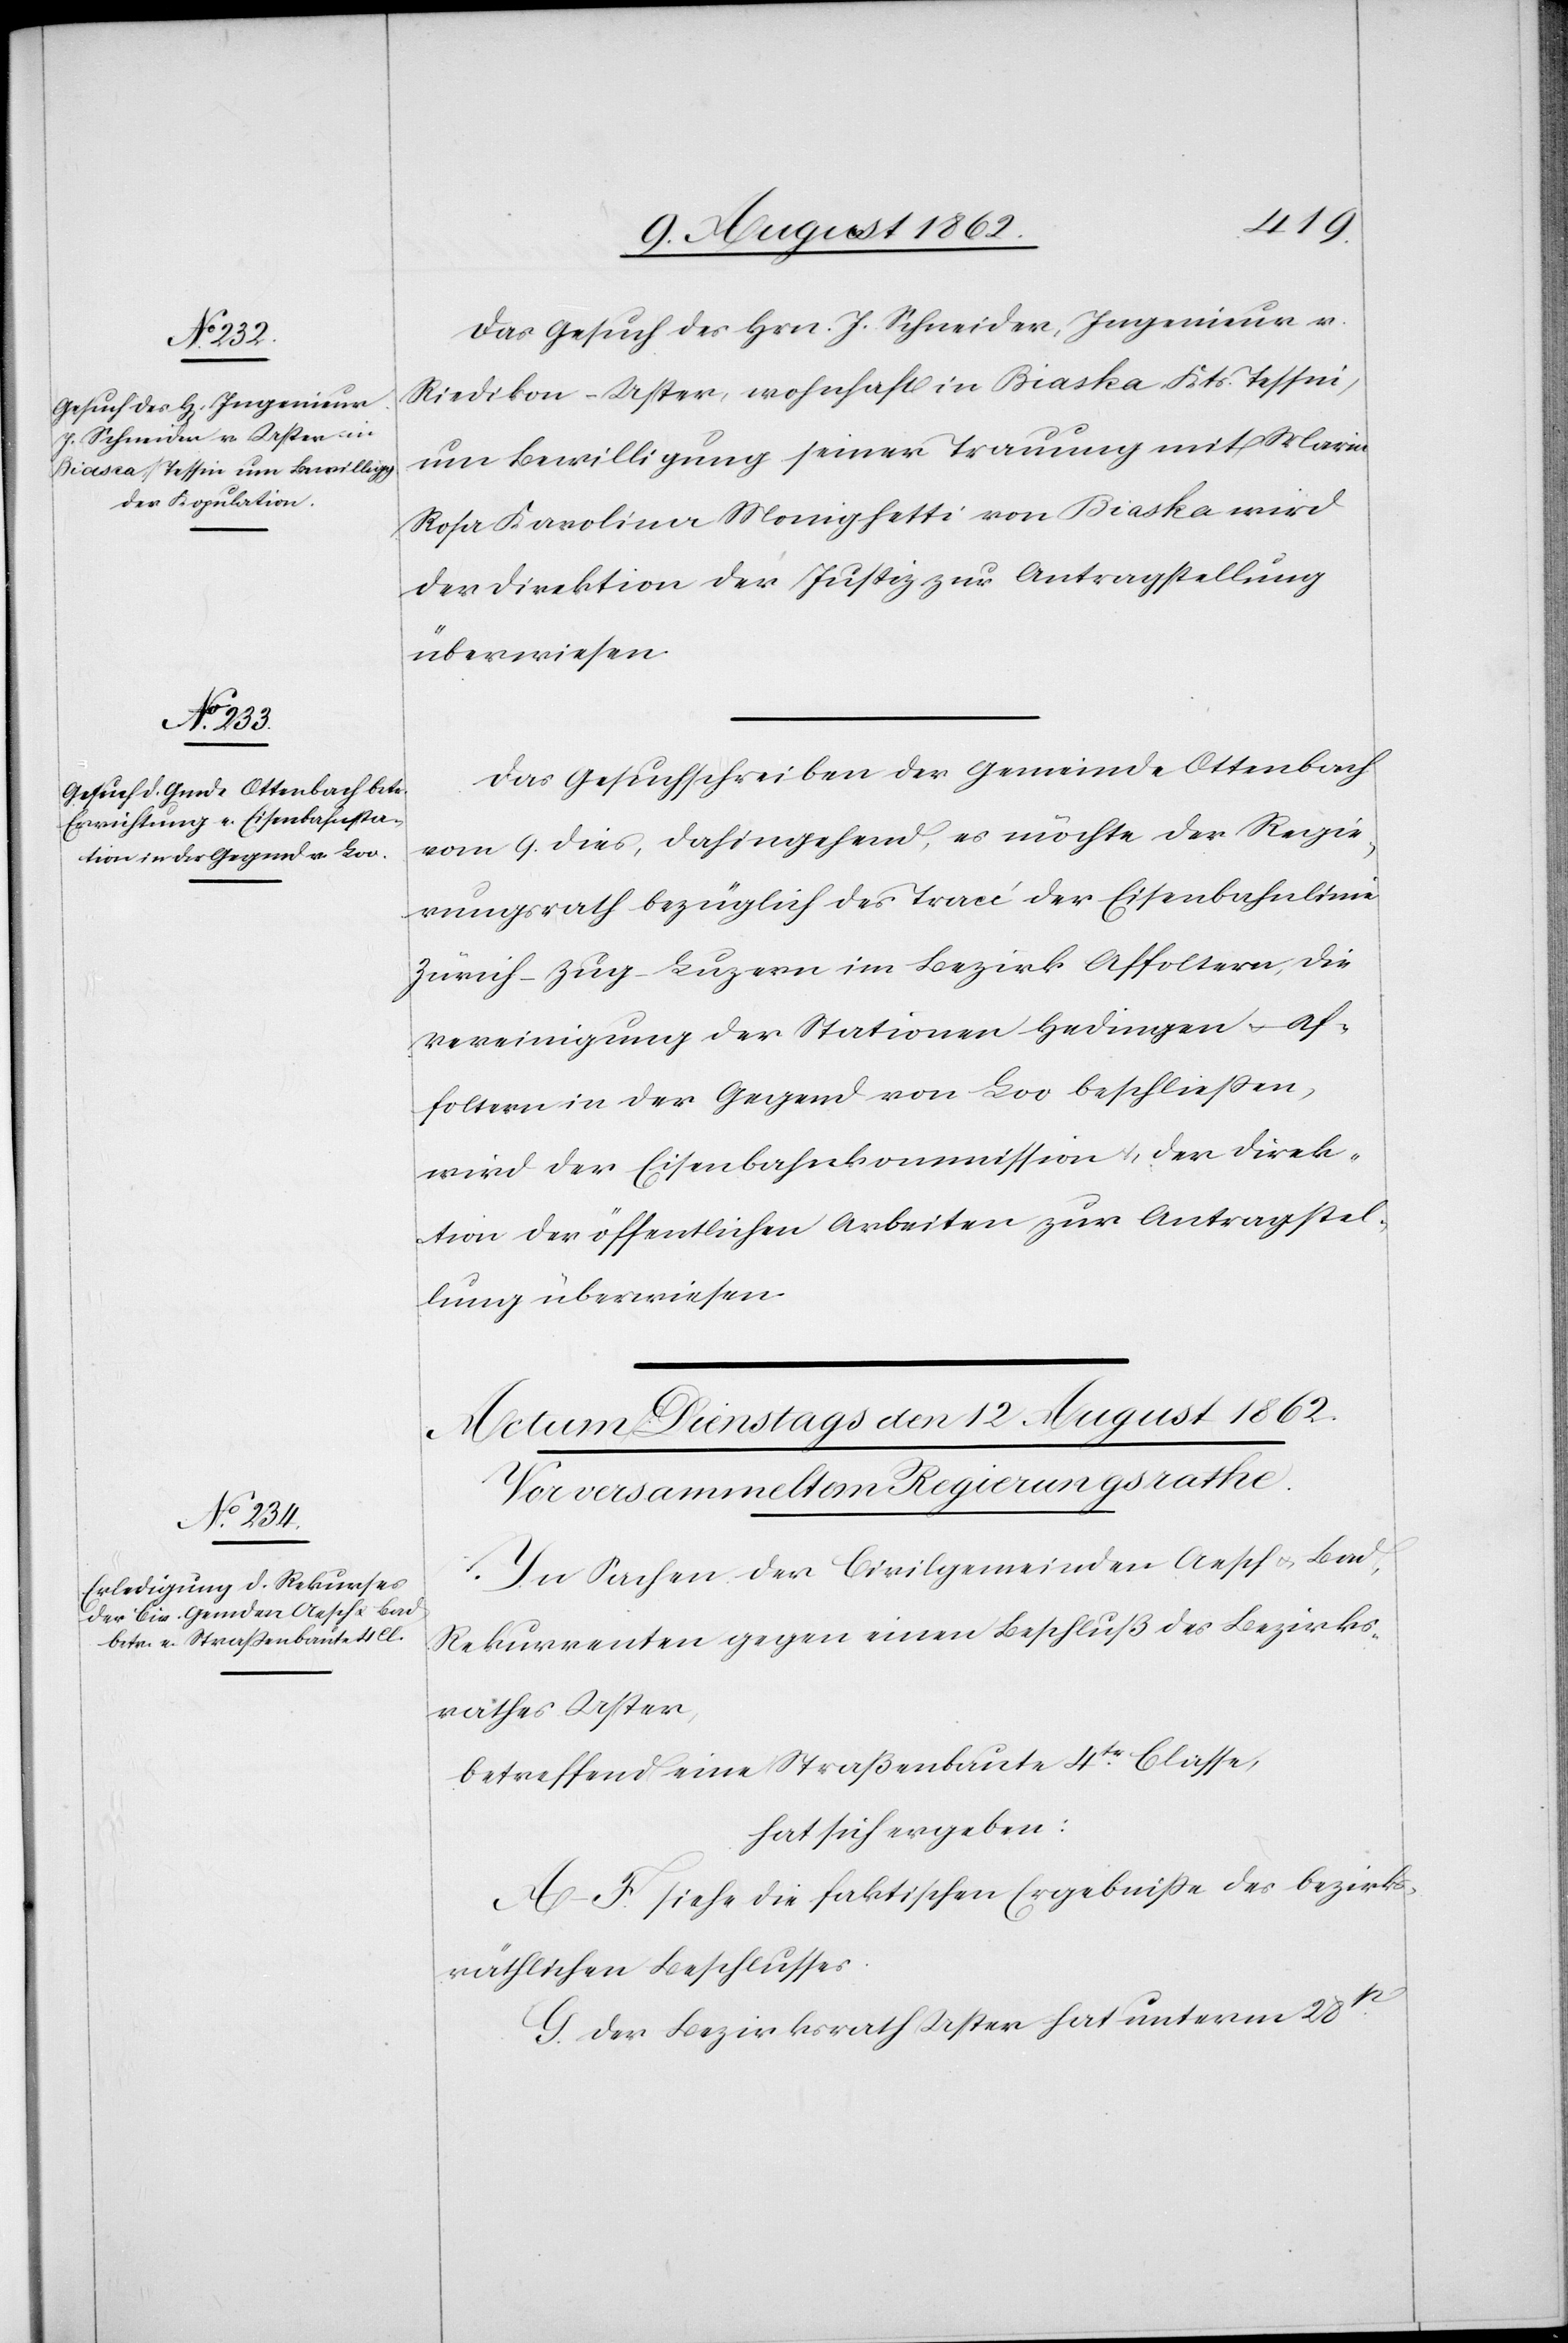
11. August 1862.]
Das Gesuch des Hrn. J. Schneider, Ingenieur v.
Riedikon-Uster, wohnhaft in Biaska [sic!] Kts. Tessin,
um Bewilligung seiner Trauung mit Maria
Rosa Karolina Monighetti von Biaska wird
der Direktion der Justiz zur Antragstellung
überwiesen.
Das Gesuchschreiben der Gemeinde Ottenbach
vom 9. dies, dahingehend, es möchte der Regie¬
rungsrath bezüglich des Tracé der Eisenbahnlinie
Zürich–Zug–Luzern im Bezirk Affoltern, die
Vereinigung der Stationen Hedingen u. Af¬
foltern in der Gegend von Loo beschließen,
wird der Eisenbahnkommission u. der Direk¬
tion der öffentlichen Arbeiten zur Antragstel¬
lung überwiesen.
In Sachen der Civilgemeinden Aesch u. Bad,
Rekurrenten gegen einen Beschluß des Bezirks¬
rathes Uster,
betreffend eine Straßenbaute 4ter Classe,
hat sich ergeben:
A–F. siehe die faktischen Ergebnisse des bezirks¬
räthlichen Beschlusses.
G. Der Bezirksrath Uster hat unterm 28t